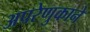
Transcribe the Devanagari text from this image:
अपरेणुकाने